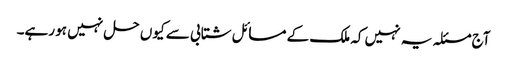
آج مسئلہ یہ نہیں کہ ملک کے مسائل شتابی سے کیوں حل نہیں ہو رہے۔